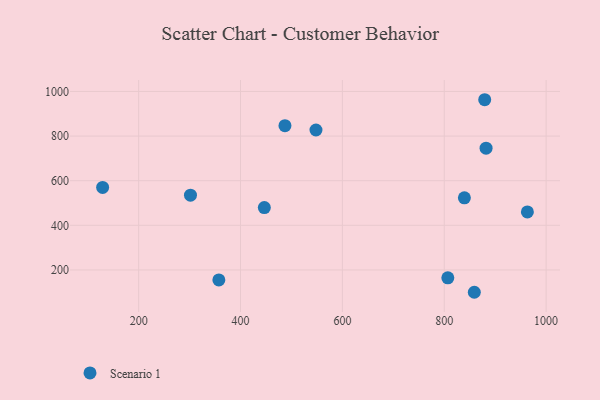
{"axis": {"x": "Price", "y": "Demand"}, "legend": ["Scenario 1"], "data": [{"x": "548.1", "y": 827.2, "type": "Scenario 1"}, {"x": "963.2", "y": 460.1, "type": "Scenario 1"}, {"x": "807.0", "y": 164.5, "type": "Scenario 1"}, {"x": "446.7", "y": 479.6, "type": "Scenario 1"}, {"x": "882.1", "y": 745.8, "type": "Scenario 1"}, {"x": "487.2", "y": 846.6, "type": "Scenario 1"}, {"x": "357.4", "y": 155.3, "type": "Scenario 1"}, {"x": "301.7", "y": 535.1, "type": "Scenario 1"}, {"x": "859.0", "y": 99.9, "type": "Scenario 1"}, {"x": "879.4", "y": 962.9, "type": "Scenario 1"}, {"x": "129.2", "y": 570.0, "type": "Scenario 1"}, {"x": "839.5", "y": 523.1, "type": "Scenario 1"}]}